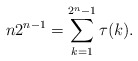
\begin{align*}n 2^{n-1}=\sum_{k=1}^{2^{n}-1}\tau(k).\end{align*}